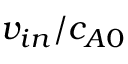
v _ { i n } / c _ { A 0 }